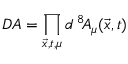
{ \cal D } A = \prod _ { \vec { x } , t , \mu } d ^ { \, 8 } \! A _ { \mu } ( \vec { x } , t )